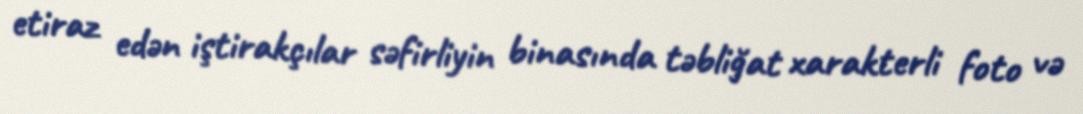
etiraz edən iştirakçılar səfirliyin binasında təbliğat xarakterli foto və